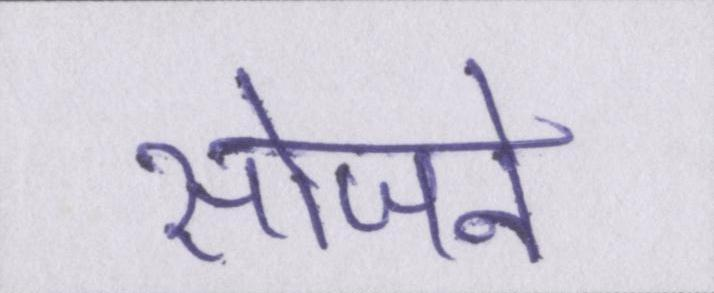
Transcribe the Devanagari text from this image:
सोजने